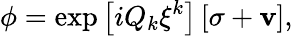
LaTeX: \phi=\exp\left[iQ_{k}\xi^{k}\right]\left[\sigma+{\mathbf v}\right],